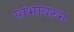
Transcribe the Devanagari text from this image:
स्तंभांवरुन